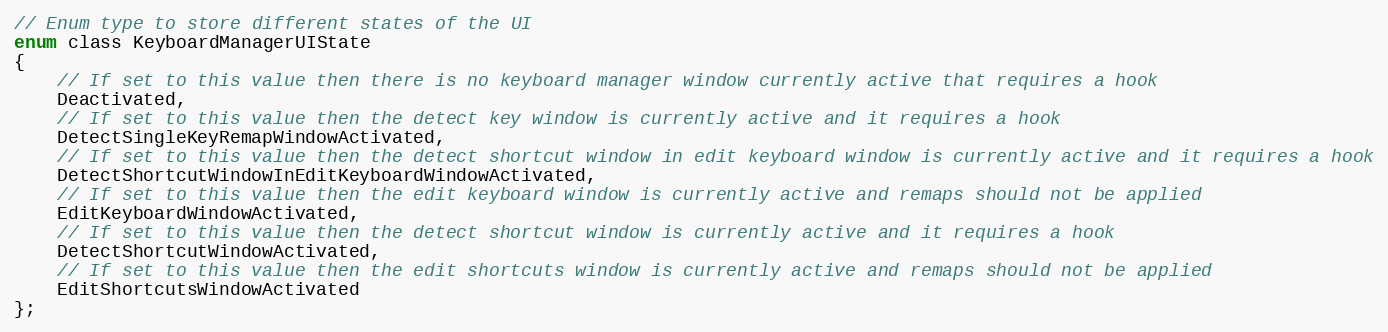
Language: C
// Enum type to store different states of the UI
enum class KeyboardManagerUIState
{
    // If set to this value then there is no keyboard manager window currently active that requires a hook
    Deactivated,
    // If set to this value then the detect key window is currently active and it requires a hook
    DetectSingleKeyRemapWindowActivated,
    // If set to this value then the detect shortcut window in edit keyboard window is currently active and it requires a hook
    DetectShortcutWindowInEditKeyboardWindowActivated,
    // If set to this value then the edit keyboard window is currently active and remaps should not be applied
    EditKeyboardWindowActivated,
    // If set to this value then the detect shortcut window is currently active and it requires a hook
    DetectShortcutWindowActivated,
    // If set to this value then the edit shortcuts window is currently active and remaps should not be applied
    EditShortcutsWindowActivated
};